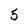
Character: 5